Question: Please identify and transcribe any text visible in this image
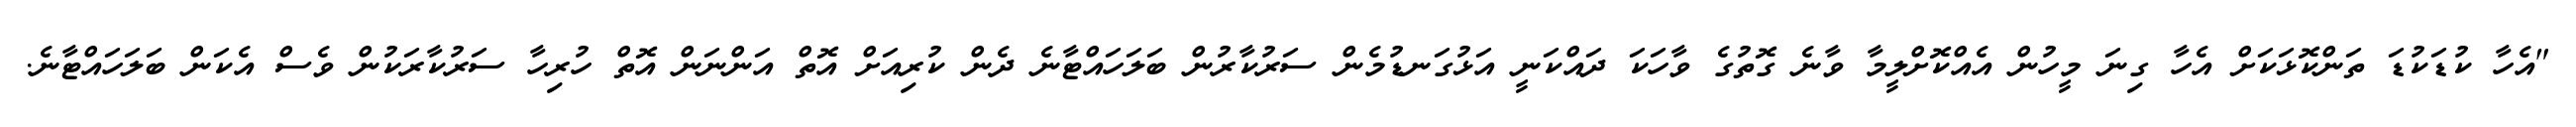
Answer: "އެހާ ކުޑަކުޑަ ތަންކޮޅަކަށް އެހާ ގިނަ މީހުން އެއްކޮށްލީމާ ވާނެ ގޮތުގެ ވާހަކަ ދައްކަނީ އަޅުގަނޑުމެން ސަރުކާރުން ބަލަހައްޓާނެ ދެން ކުރިއަށް އޮތް އަންނަން އޮތް ހުރިހާ ސަރުކާރަކުން ވެސް އެކަން ބަލަހައްޓާނެ.